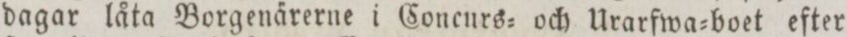
dagar låta Borgenärerne i Concurs= och Urarfwa=boet efter